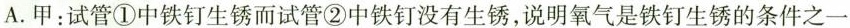
A.甲：试管①中铁钉生锈而试管②中铁钉没有生锈，说明氧气是铁钉生锈的条件之一